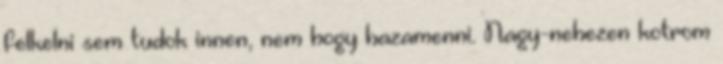
felkelni sem tudok innen, nem hogy hazamenni. Nagy-nehezen kotrom